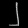
Digit: ၂